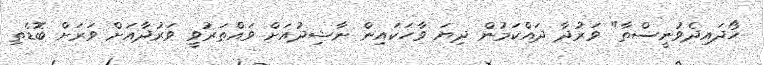
ހޯދައިދެވުނީސްތާ" ވަރުދާ ދައްކަމުން ދިޔަ ވާހަކައިން ނާޝިދުއަށް ވައްތަރުވީ ވަރުދާއަށް ވަރަށް ބޮޑެތި